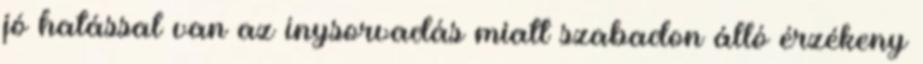
jó hatással van az ínysorvadás miatt szabadon álló érzékeny